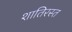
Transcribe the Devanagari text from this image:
शातिरस्त